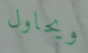
ويحاول